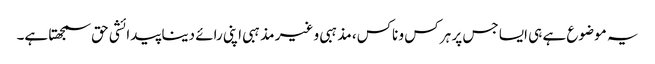
یہ موضوع ہے ہی ایسا جس پر ہر کس و ناکس، مذہبی و غیر مذہبی اپنی رائے دینا پیدائشی حق سمجھتا ہے۔